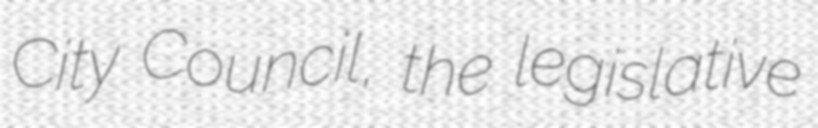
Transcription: City Council, the legislative